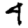
Digit: 4